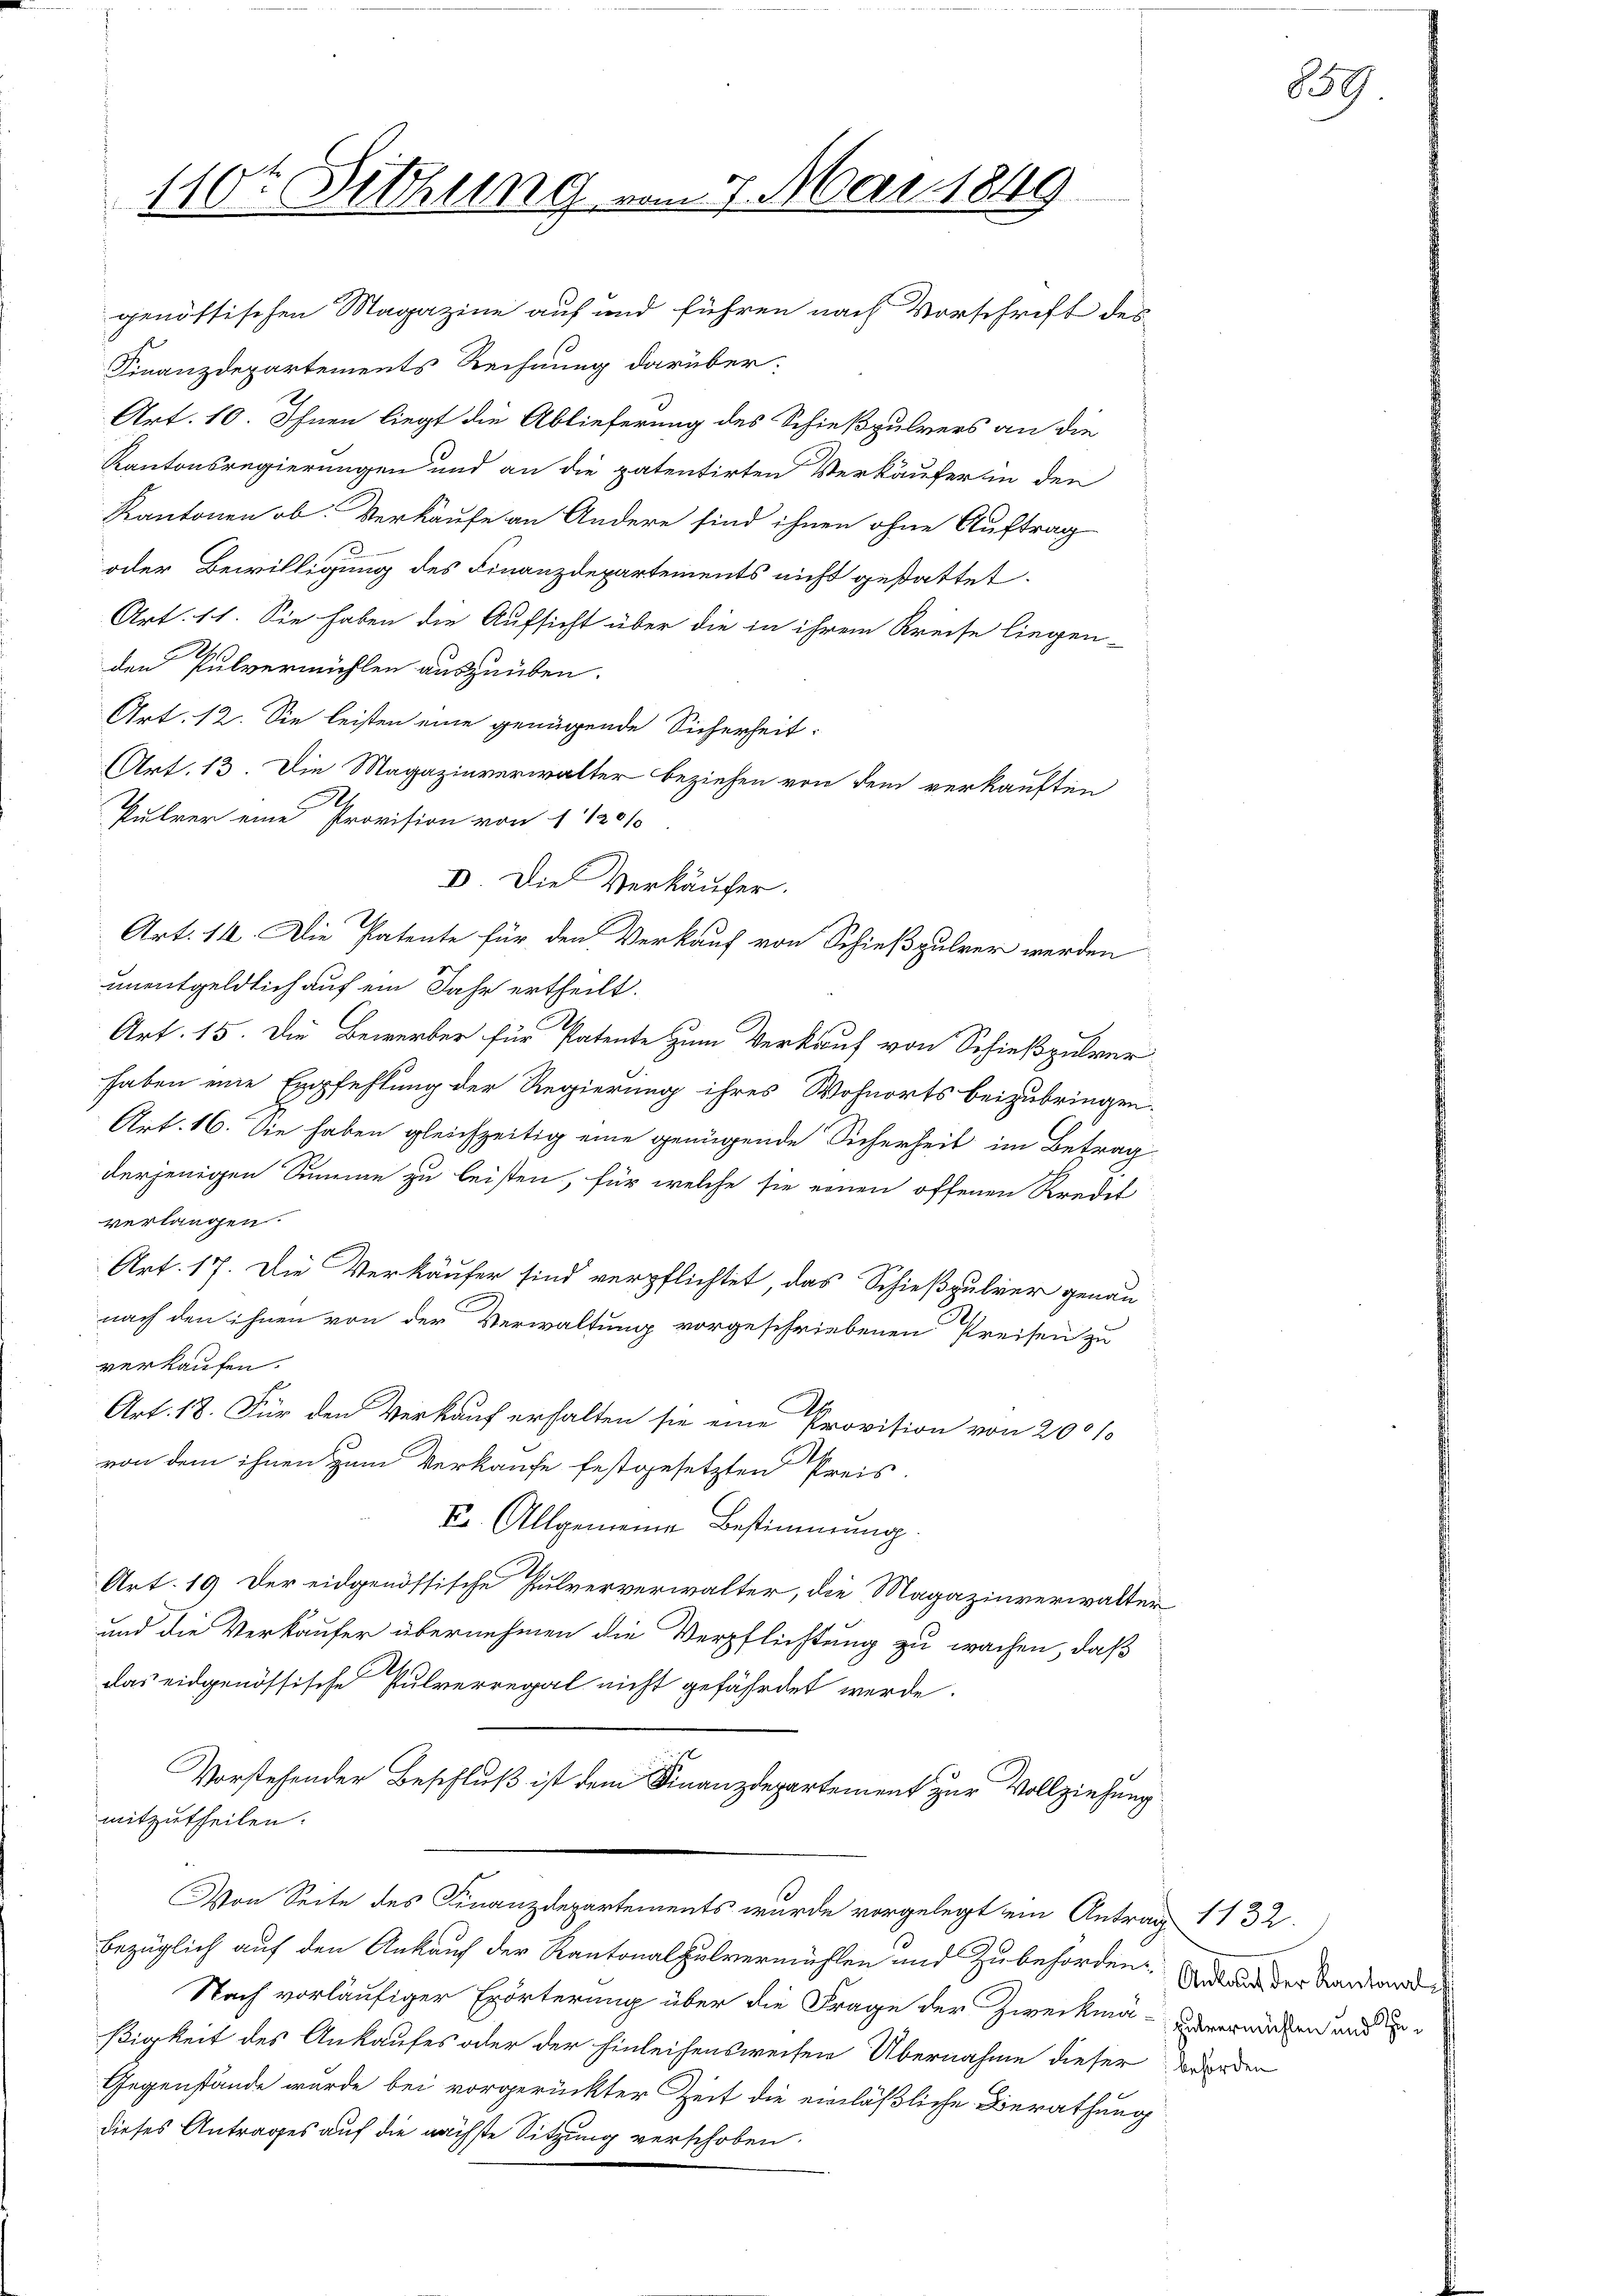
110t Setzung vom 7. Mai 1849

genössischen Magazine auf und führen nach Vorschrift des
Finanzdepartements Rechnung darüber:
Art. 10. Ihnen liegt die Ablieferung des Schießpulvers an die
Kantonsregierungen und an die patentirten Verkäufer in den
Kantonen ob. Verkaufe an Andere sind ihnen ohne Auftrag
oder Bewilligung des Finanzdepartements nicht gestattet.
Art. 11. Sie haben die Aufsicht über die in ihrem Kreise liegen-
den Pulvermühlen auszuüben.
Art. 12. Sie leisten eine genügende Sicherheit:
AArt. 13. Die Magazinverwalter beziehen von dem verkauften
Pulver eine Provision von § 1201
I. Die Verkäufer.
Art. 14. Die Patente für den Verkauf von Schießpulver werden
unentgeldlich auf ein Jahr ertheilt.
Art. 15. Die Bewerber für Patente zum Verkauf von Schießpulver
haben eine Empfehlung der Regierung ihres Wohnorts beizubringen.
Art. 16. Sie haben gleichzeitig eine genügende Sicherheit im Betrag
derjenigen Summe zu leisten, für welche sie einen offenen Kredet
verlangen.
Art. 17. Die Verkäufer sind verpflichtet, das Schießpulver genau
nach den ihnen von der Verwaltung vorgeschriebenen Preisen zu
verkaufen.
Art. 13. Für den Verkauf erhalten sie eine Provision von 200 10
von dem ihnen zum Verkaufe festgesetzten Preis-
Dr. Allgemeine Bestimmung.
Art. 19 der eidgenössische Pulververwalter, die Magazinverwalter
und die Verkäufer übernehmen die Verpflichtung zu wachen, daß
das eidgenössische Pulverregal nicht gefährdet werde.
Vorstehender Beschluß ist dem Finanzdepartement zur Vollziehung
mitzutheilen.
Von Seite des Finanzdepartements wurde vorgelegt ein Antrag 1132.
bezüglich auf den Ankauf der Kantonalzulvermühlen und Zubehörden Gutaus der Bander
Nach vorläufiger Erörterung über die Frage der Zweckmä-enverminden und in
ßigkeit des Ankaufes oder der hinleihensweisen Übernahme dieser werden
Gegenstände wurde bei vorgerückter Zeit die einläßliche Berathung
dieses Antrages auf die nächste Sitzung verschoben.

839.